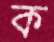
ক